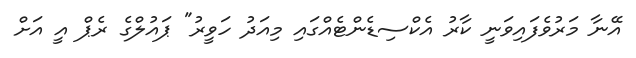
އޭނާ މަރުވެފައިވަނީ ކާރު އެކްސިޑެންޓެއްގައި މިއަދު ހަވީރު" ޕައުލްގެ ރެޕް އީ އަށް